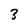
Character: 3